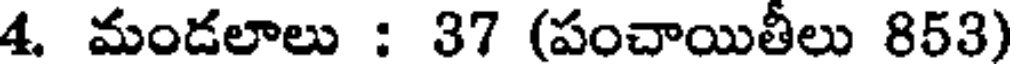
4. మండలాలు : 37 (పంచాయితీలు 853)